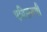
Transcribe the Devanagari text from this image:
एडिसनची